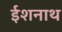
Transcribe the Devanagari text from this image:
ईशनाथ